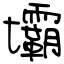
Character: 壩